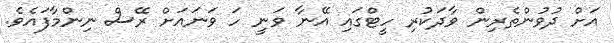
އަށް ދުވުންތެރިން ވާދަކުރި ހީޓްގައި އޭނާ ވަނީ ހަ ވަނައަށް ރޭސް ނިންމާފައެވެ.